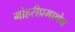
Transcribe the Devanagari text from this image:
मोहरीप्रमाणेच